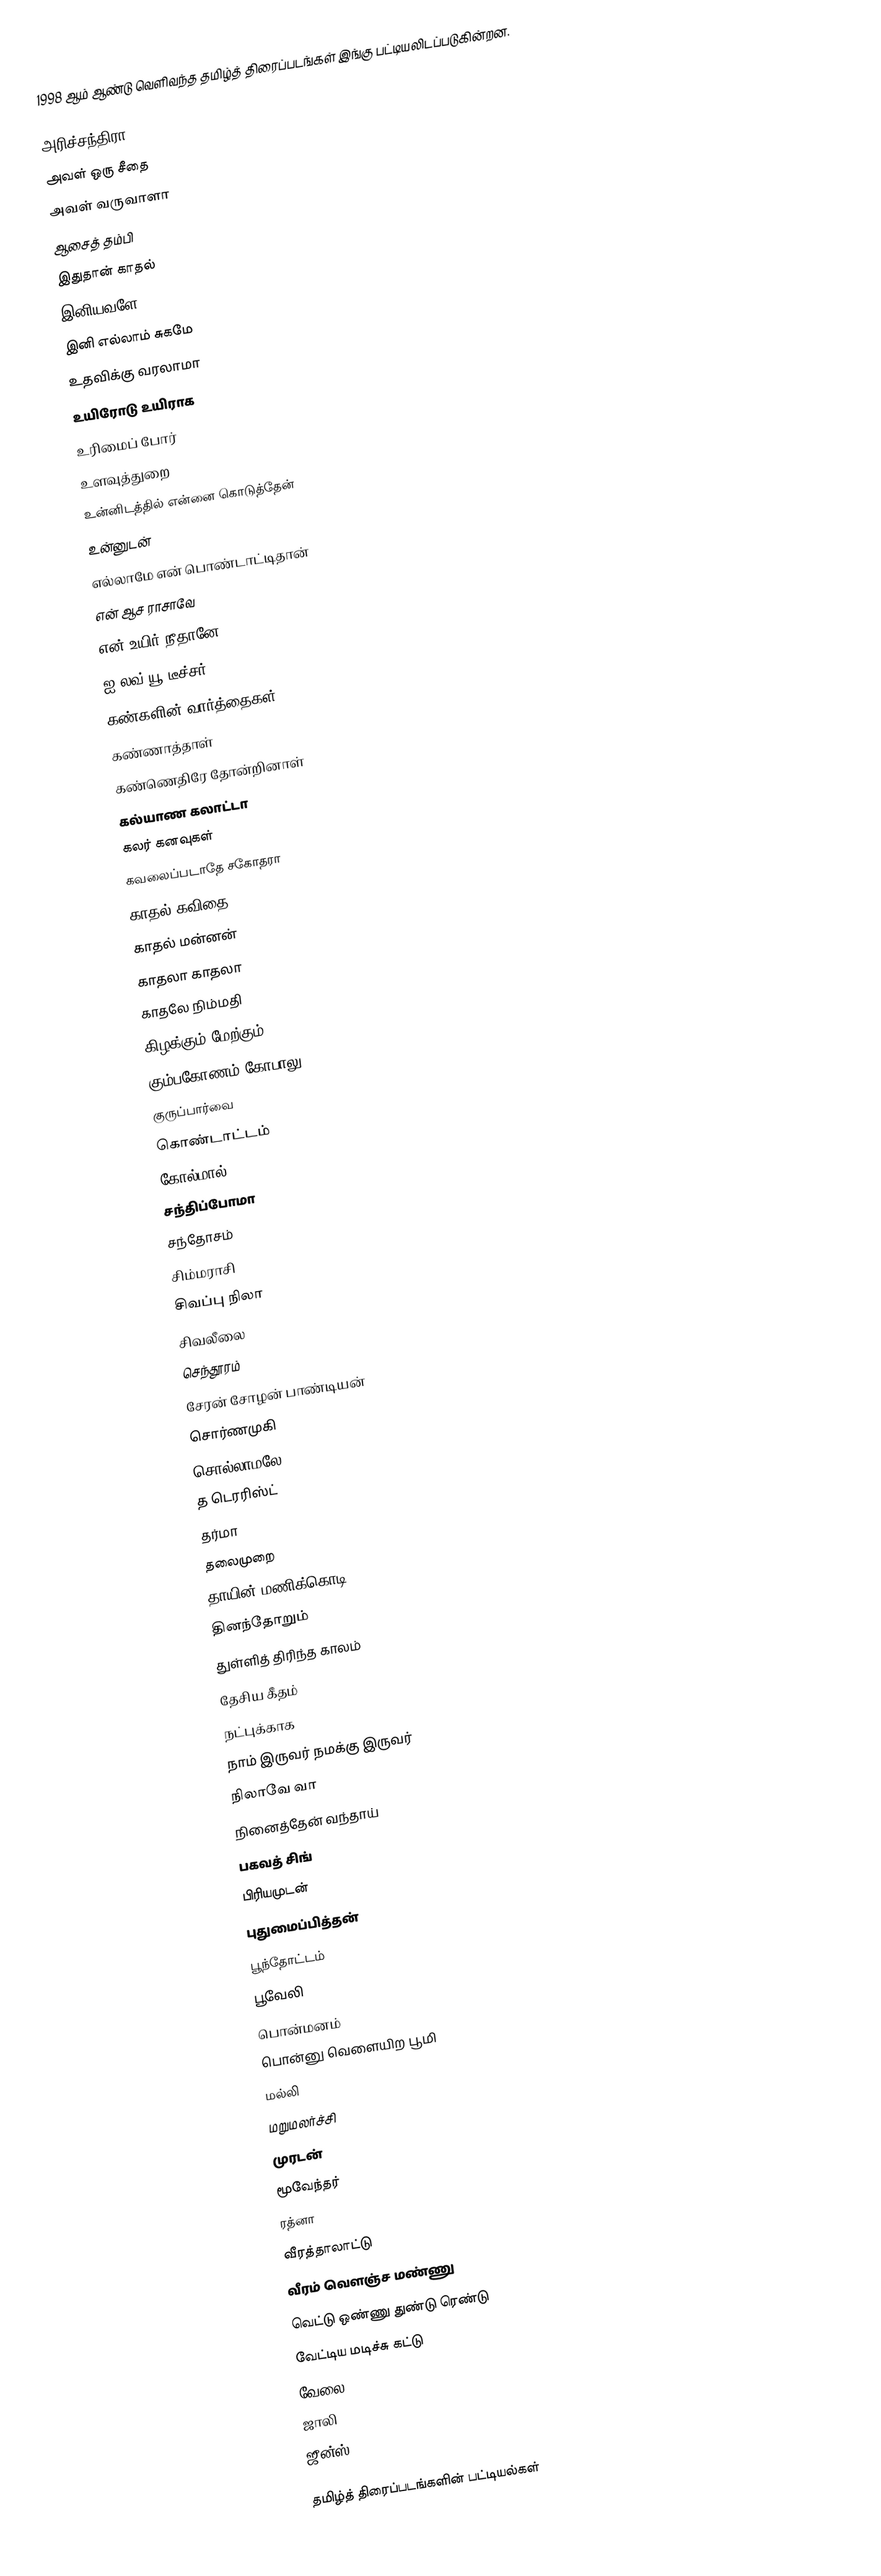
1998 ஆம் ஆண்டு வெளிவந்த தமிழ்த் திரைப்படங்கள் இங்கு பட்டியலிடப்படுகின்றன.

அரிச்சந்திரா
அவள் ஒரு சீதை
அவள் வருவாளா
ஆசைத் தம்பி
இதுதான் காதல்
இனியவளே
இனி எல்லாம் சுகமே
உதவிக்கு வரலாமா
உயிரோடு உயிராக
உரிமைப் போர்
உளவுத்துறை
உன்னிடத்தில் என்னை கொடுத்தேன்
உன்னுடன்
எல்லாமே என் பொண்டாட்டிதான்
என் ஆச ராசாவே
என் உயிர் நீதானே
ஐ லவ் யூ டீச்சர்
கண்களின் வார்த்தைகள்
கண்ணாத்தாள்
கண்ணெதிரே தோன்றினாள்
கல்யாண கலாட்டா
கலர் கனவுகள்
கவலைப்படாதே சகோதரா
காதல் கவிதை
காதல் மன்னன்
காதலா காதலா
காதலே நிம்மதி
கிழக்கும் மேற்கும்
கும்பகோணம் கோபாலு
குருப்பார்வை
கொண்டாட்டம்
கோல்மால்
சந்திப்போமா
சந்தோசம்
சிம்மராசி
சிவப்பு நிலா
சிவலீலை
செந்தூரம்
சேரன் சோழன் பாண்டியன்
சொர்ணமுகி
சொல்லாமலே
த டெரரிஸ்ட்
தர்மா
தலைமுறை
தாயின் மணிக்கொடி
தினந்தோறும்
துள்ளித் திரிந்த காலம்
தேசிய கீதம்
நட்புக்காக
நாம் இருவர் நமக்கு இருவர்
நிலாவே வா
நினைத்தேன் வந்தாய்
பகவத் சிங்
பிரியமுடன்
புதுமைப்பித்தன்
பூந்தோட்டம்
பூவேலி
பொன்மனம்
பொன்னு வெளையிற பூமி
மல்லி
மறுமலர்ச்சி
முரடன்
மூவேந்தர்
ரத்னா
வீரத்தாலாட்டு
வீரம் வெளஞ்ச மண்ணு
வெட்டு ஒண்ணு துண்டு ரெண்டு
வேட்டிய மடிச்சு கட்டு
வேலை
ஜாலி
ஜீன்ஸ்

தமிழ்த் திரைப்படங்களின் பட்டியல்கள்